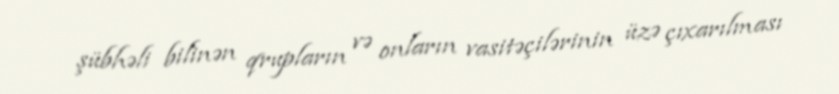
şübhəli bilinən qrupların və onların vasitəçilərinin üzə çıxarılması